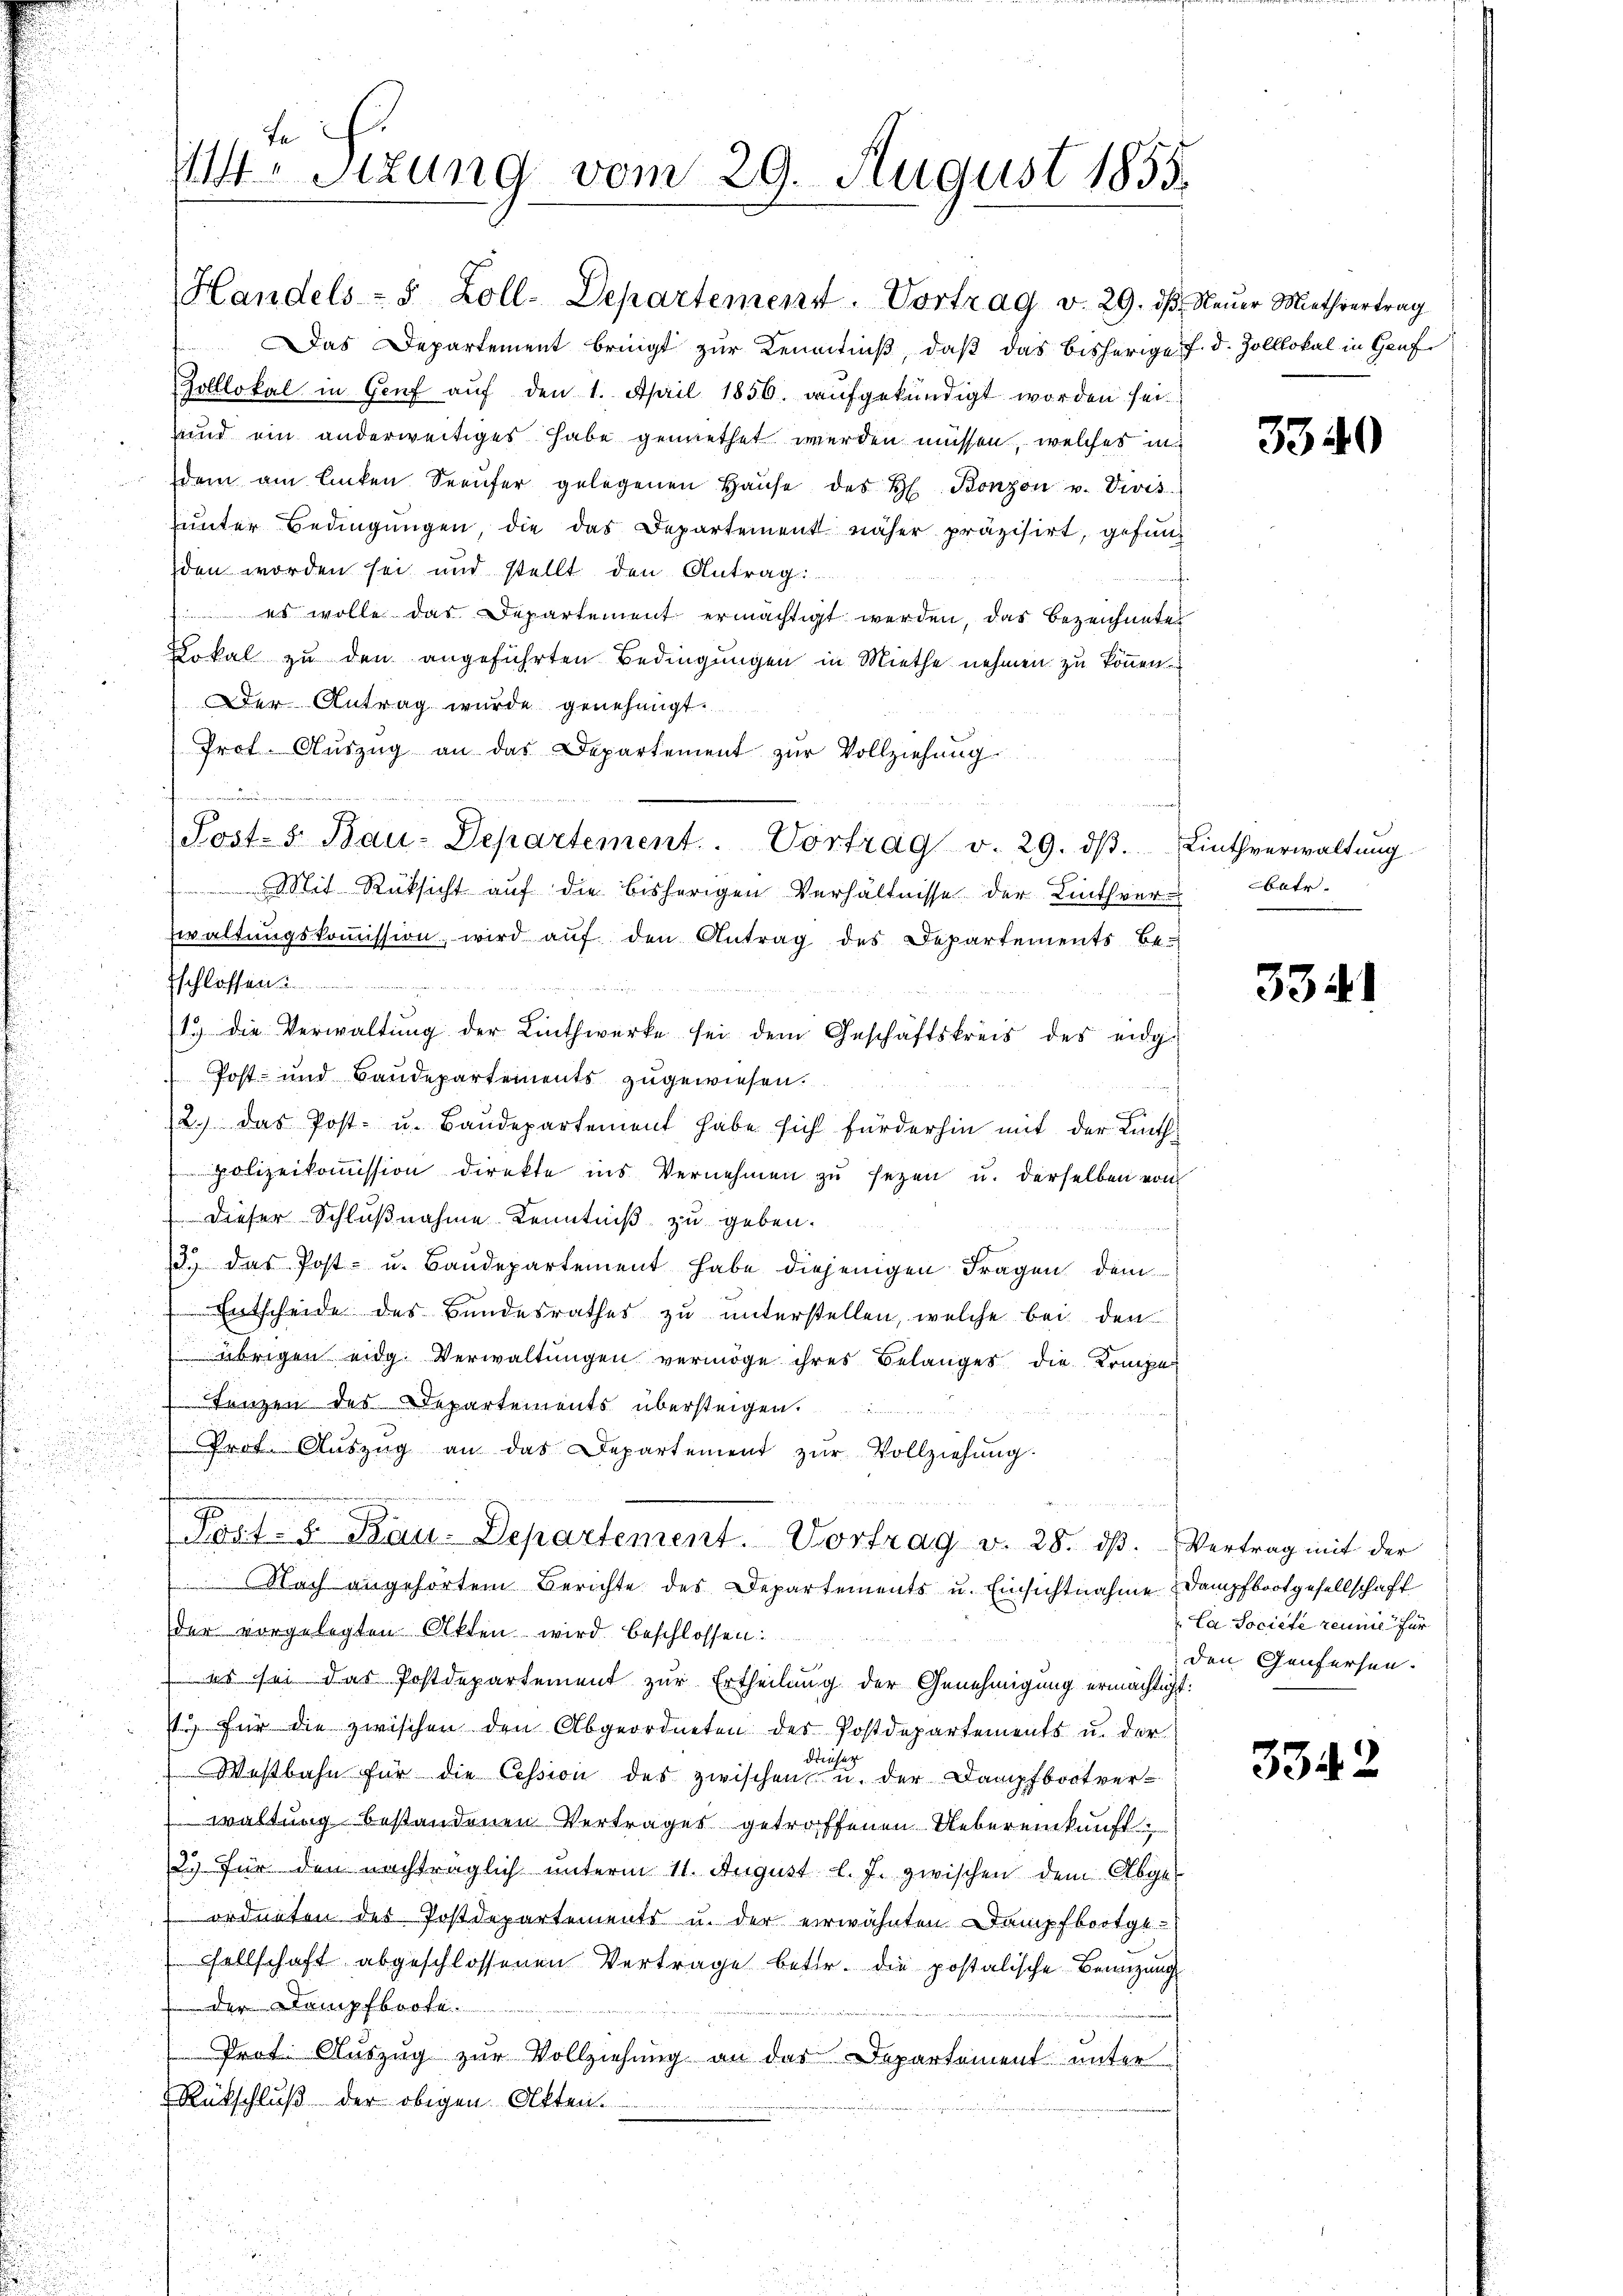
s

te
 Sitzung vom 29. August 1855

Handels- 8 Zoll-Departement. Vortrag d. 29. dβ Neŭer Miethvertrag
Das Departement bringt zur Kenntnuß, daß das bisherige F. d. Zolllokal in Graf
Zolllokal in Genf aŭf den 1. April 1856. aŭfgekündigt worden sei.
und ein anderweitiges habe gemiethet werden müssen, welches in
dem am linken Seeŭfer gelegenen Haŭse des H. Bonzon u. Divis
unter Bedingungen, die das Departement näher präzisirt, gefunden worden sei und stellt den Antrag
s
) es wolle das Departement ermächtigt werden, das Bezeichnetes
Lokal zu den angeführten Bedingungen in Miethe nehmen zu können.
Der Antrag wurde genehmigt.
Prof. Auszug an das Departement zur Vollziehung
Mit Rüksicht auf die bisherigen Verhältnisse der Lintheerwaltungskoṁission, wird auf den Antrag des Departements Be-
Eschlossen
1) die Verwaltŭng der Linthwerke sei dem Geschäftskreis des eidg.
 Post- und Baudepartements zugewiesen.
2.) Das Post- u. Baŭdepartement habe sich fürderhin mit der Linthpolizeikommission direkte ins Vernehmen zu sezen u. derselben von
Dieser Schlußnahme Kenntniß zu geben.
13.) Das Post- u. Baudepartement habe diejenigen Fragen dem
Entscheide des Bundesrathes zu unterstellen, welche bei den
 übrigen eidg. Verwaltungen vermöge ihres Belanges die Kriege
Tänzen des Departements übersteigen.
Prot. Aŭszŭg an das Departement zŭr Vollziehŭng.
Post- & Rau: Departement. Vortrag v. 28. dβ. Vertrag mit der
 Nach angehörtem Berichte des Departements u. Einsichtnahme Dampfbootgesellschaft
der vorgelegten Akten wird beschlossen:
) es sei das Postdepartement zur Ertheilung der Genehmigung ermächtigt:
t für die zwischen den Abgeordneten der Postdepartements u. der
Wastbahn für die Cession des zwischen u. der Dampfboot verwaltung bestandenen Vertrages getroffenen Uebereinkunft
2. für den nachträglich unterm 11. August l. J. zwischen dem Abge-
ordneten des Postdepartements u. der erwähnten Dampfbootge-
sellschaft abgeschlossenen Vertrage betr. die postalische Benzung
der Dampfboote.
Prot. Auszug zur Vollziehung an das Departement unter
Rückschluß der obigen Oltten.

Post- & Bau-Departement. Vortrag v. 29. dβ. Linthverwaltŭng

3340

betr.

3341

Ca Societe rennie für
den Genfersen.

3342